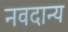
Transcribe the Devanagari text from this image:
नवदान्य